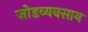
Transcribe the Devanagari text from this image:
जोडव्यवसाय